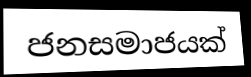
ජනසමාජයක්